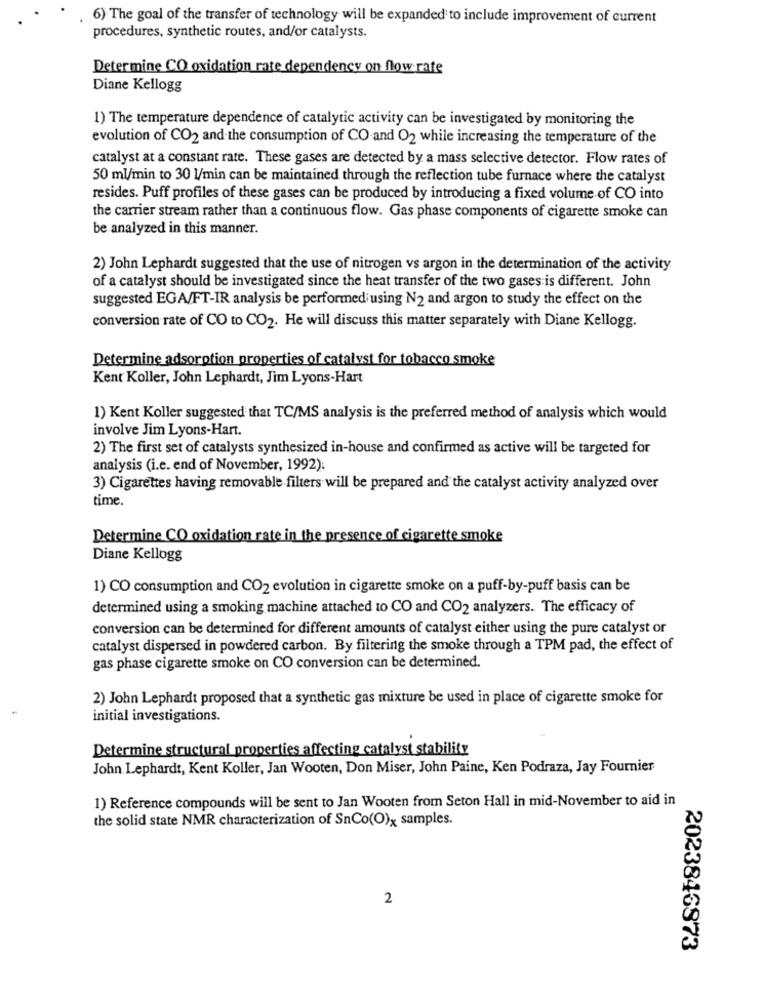
6) The goal of the transfer of technology will be expanded to include improvement of current
procedures, synthetic routes, and/or catalysts.
Determine CO oxidation rate dependency on flow rate
Diane Kellogg
1) The temperature dependence of catalytic activity can be investigated by monitoring the
evolution of CO2 and the consumption of CO-and O2 while increasing the temperature of the
catalyst at a constant rate. These gases are detected by a mass selective detector. Flow rates of
50 ml/min to 30 1/min can be maintained through the reflection tube furnace where the catalyst
resides. Puff profiles of these gases can be produced by introducing a fixed volume of CO into
the carrier stream rather than a continuous flow. Gas phase components of cigarette smoke can
be analyzed in this manner.
2) John Lephardt suggested that the use of nitrogen vs argon in the determination of the activity
of a catalyst should be investigated since the heat transfer of the two gases is different. John
suggested EGA/FT-IR analysis be performed using N2 and argon to study the effect on the
conversion rate of CO to CO2. He will discuss this matter separately with Diane Kellogg.
Determine adsorption properties of catalyst for tobacco smoke
Kent Koller, John Lephardt, Jim Lyons-Hart
1) Kent Koller suggested that TC/MS analysis is the preferred method of analysis which would
involve Jim Lyons-Hart.
2) The first set of catalysts synthesized in-house and confirmed as active will be targeted for
analysis (i.e. end of November, 1992):
3) Cigarettes having removable filters will be prepared and the catalyst activity analyzed over
time.
Determine CO oxidation rate in the presence of cigarette smoke
Diane Kellogg
1) CO consumption and CO2 evolution in cigarette smoke on a puff-by-puff basis can be
determined using a smoking machine attached to CO and CO2 analyzers. The efficacy of
conversion can be determined for different amounts of catalyst either using the pure catalyst or
catalyst dispersed in powdered carbon. By filtering the smoke through a TPM pad, the effect of
gas phase cigarette smoke on CO conversion can be determined.
2) John Lephardt proposed that a synthetic gas mixture be used in place of cigarette smoke for
initial investigations.
Determine structural properties affecting catalyst stability
John Lephardt, Kent Koller, Jan Wooten, Don Miser, John Paine, Ken Podraza, Jay Fournier
1) Reference compounds will be sent to Jan Wooten from Seton Hall in mid-November to aid in
the solid state NMR characterization of SnCo(O)x samples.
2
2023846873